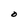
Character: O